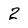
Character: 2